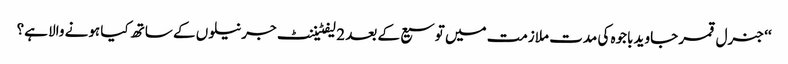
‘‘ جنرل قمر جاوید باجوہ کی مدت ملازمت میں توسیع کے بعد 2 لیفٹیننٹ جرنیلوں کے ساتھ کیا ہونے والا ہے؟